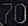
70